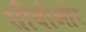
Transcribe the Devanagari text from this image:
सीधीऔर